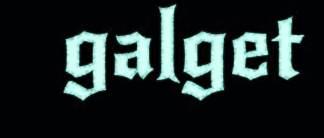
galget